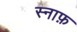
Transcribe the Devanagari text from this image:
स्नाफ़